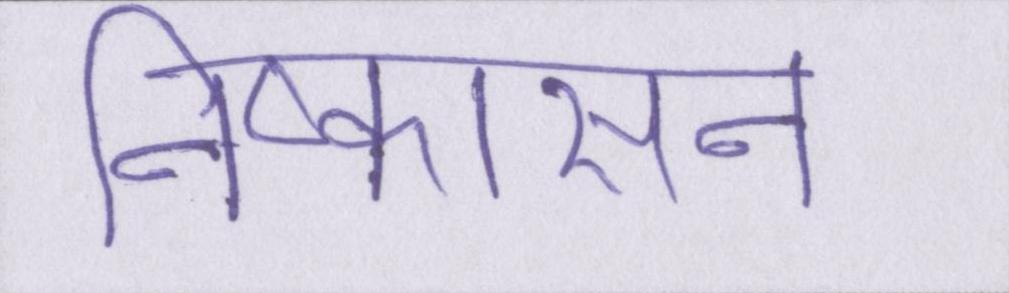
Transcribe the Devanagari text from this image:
निष्कासन